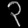
Digit: ၃